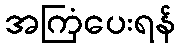
အကြံပေးရန်